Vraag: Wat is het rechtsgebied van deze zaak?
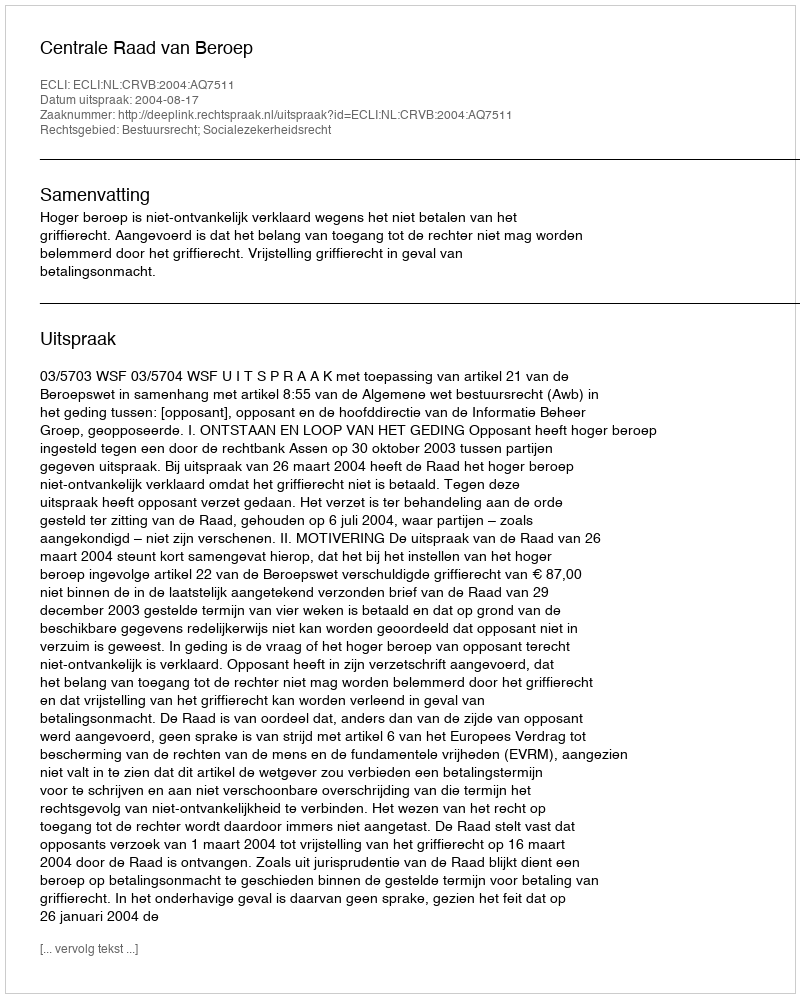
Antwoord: Bestuursrecht; Socialezekerheidsrecht